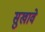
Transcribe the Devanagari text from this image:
सुखावे